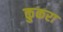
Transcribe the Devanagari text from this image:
कुकरा